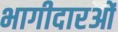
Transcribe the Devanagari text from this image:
भागीदारओं